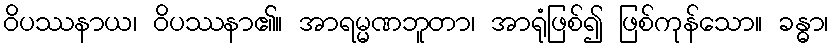
ဝိပဿနာယ၊ ဝိပဿနာ၏။ အာရမ္မဏဘူတာ၊ အာရုံဖြစ်၍ ဖြစ်ကုန်သော။ ခန္ဓာ၊